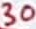
Text: 30